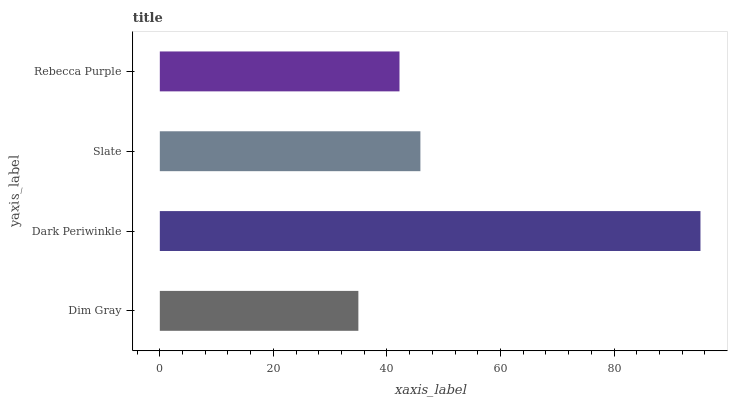
| yaxis_label | bars |
 | --- | --- |
 | Dim Gray | 35 |
 | Dark Periwinkle | 95.2 |
 | Slate | 45.9 |
 | Rebecca Purple | 42.2 |